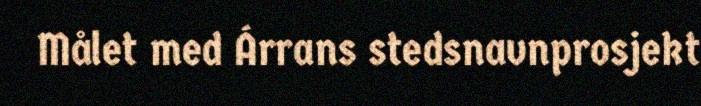
Målet med Árrans stedsnavnprosjekt